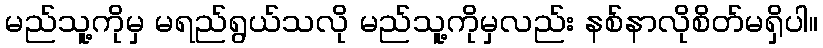
မည်သူ့ကိုမှ မရည်ရွယ်သလို မည်သူ့ကိုမှလည်း နစ်နာလိုစိတ်မရှိပါ။